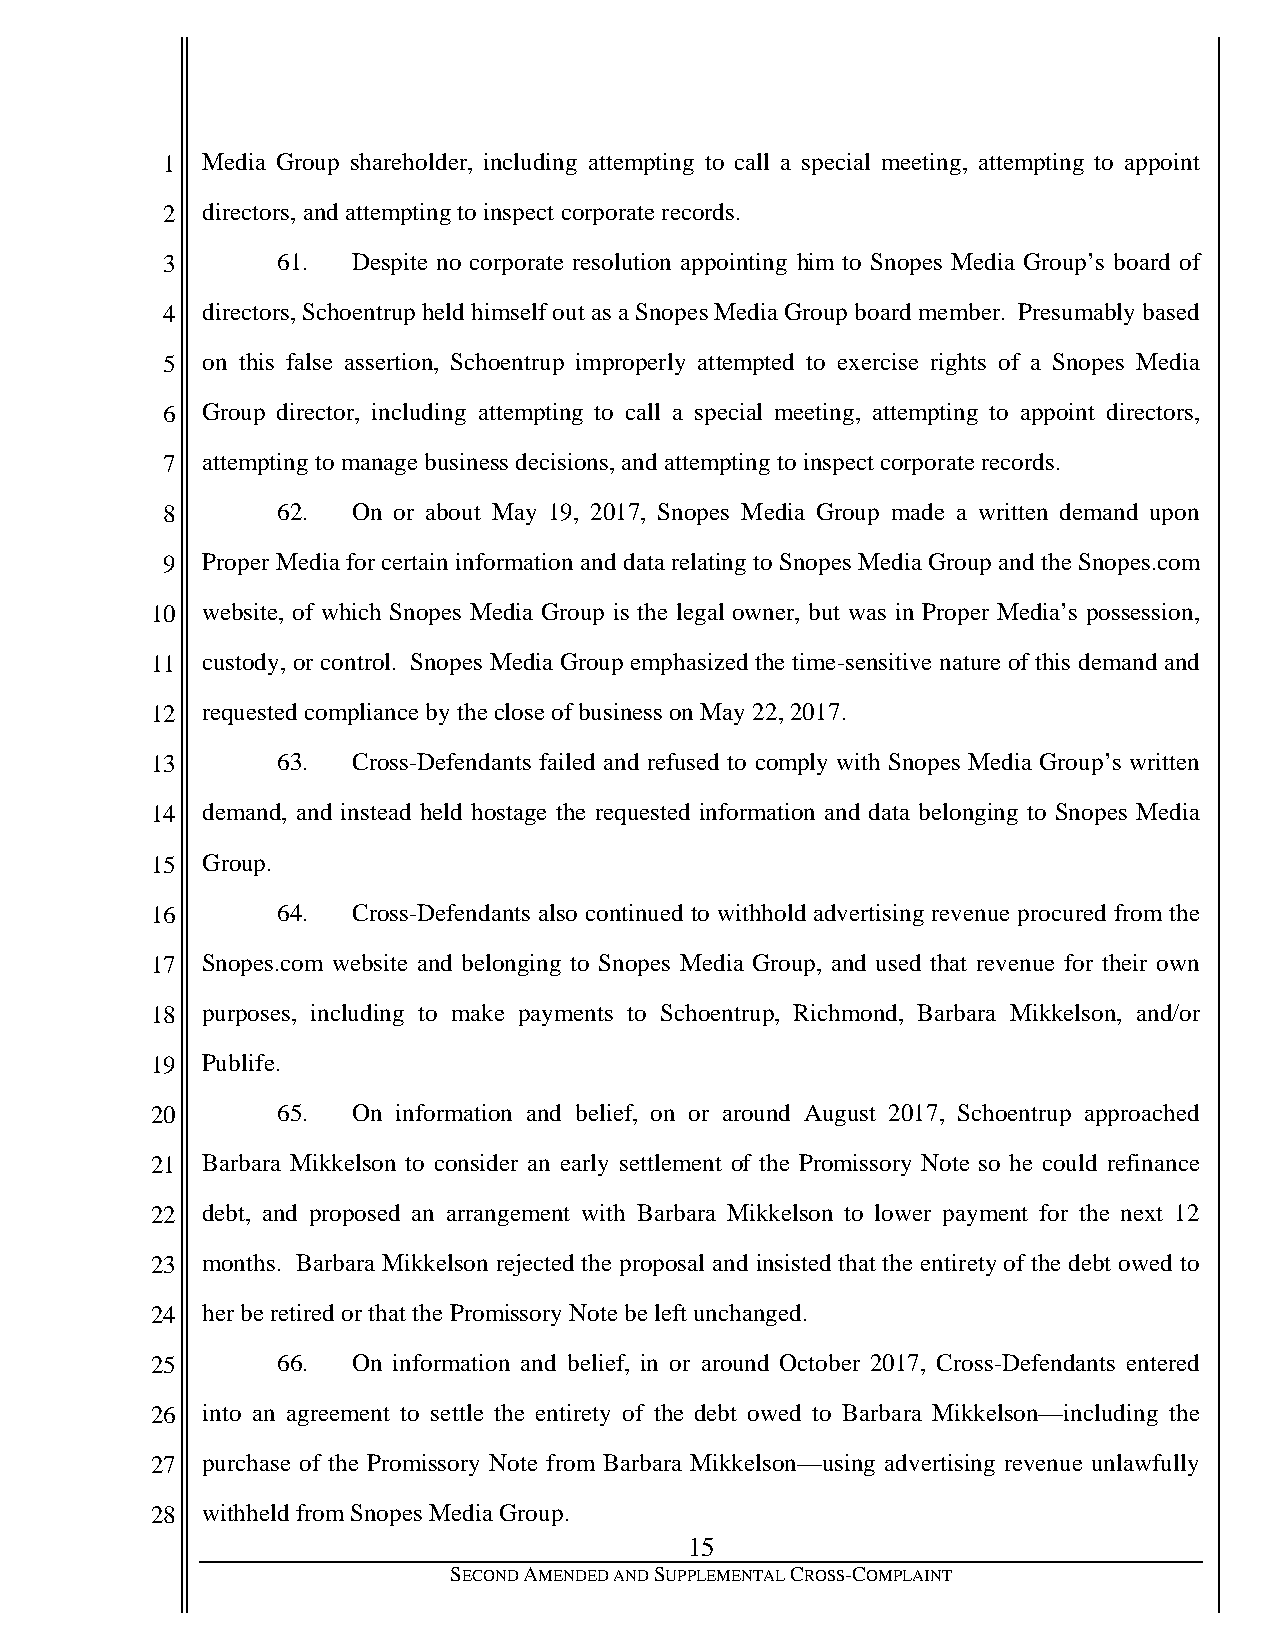
1 Media Group shareholder, including attempting to call a special meeting, attempting to appoint
 2 directors, and attempting to inspect corporate records.
 3      61.  Despite no corporate resolution appointing him to Snopes Media Group’s board of
 4 directors, Schoentrup held himself out as a Snopes Media Group board member. Presumably based
 5 on this false assertion, Schoentrup improperly attempted to exercise rights of a Snopes Media
 6 Group director, including attempting to call a special meeting, attempting to appoint directors,
 7 attempting to manage business decisions, and attempting to inspect corporate records.
 8      62.  On or about May 19, 2017, Snopes Media Group made a written demand upon
 9 Proper Media for certain information and data relating to Snopes Media Group and the Snopes.com
 10 website, of which Snopes Media Group is the legal owner, but was in Proper Media’s possession,
 11 custody, or control. Snopes Media Group emphasized the time-sensitive nature of this demand and
 12 requested compliance by the close of business on May 22, 2017.
 13      63.  Cross-Defendants failed and refused to comply with Snopes Media Group’s written
 14 demand, and instead held hostage the requested information and data belonging to Snopes Media
 15 Group.
 16      64.  Cross-Defendants also continued to withhold advertising revenue procured from the
 17 Snopes.com website and belonging to Snopes Media Group, and used that revenue for their own
 18 purposes, including to make payments to Schoentrup, Richmond, Barbara Mikkelson, and/or
 19 Publife.
 20      65.  On information and belief, on or around August 2017, Schoentrup approached
 21 Barbara Mikkelson to consider an early settlement of the Promissory Note so he could refinance
 22 debt, and proposed an arrangement with Barbara Mikkelson to lower payment for the next 12
 23 months. Barbara Mikkelson rejected the proposal and insisted that the entirety of the debt owed to
 24 her be retired or that the Promissory Note be left unchanged.
 25      66.  On information and belief, in or around October 2017, Cross-Defendants entered
 26 into an agreement to settle the entirety of the debt owed to Barbara Mikkelson—including the
 27 purchase of the Promissory Note from Barbara Mikkelson—using advertising revenue unlawfully
 28 withheld from Snopes Media Group.
 15
 SECOND AMENDED AND SUPPLEMENTAL CROSS-COMPLAINT